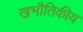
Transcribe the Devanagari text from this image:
खभौतिकीय